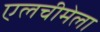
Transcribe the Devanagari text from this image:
एलचीमेला